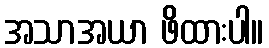
အသာအယာ ဖိထားပါ။